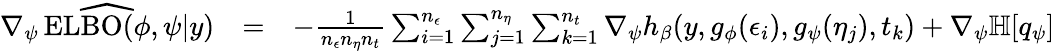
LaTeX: \begin{array}{ccl}{\widehat{\nabla_{\psi}\operatorname{ELBO}(\phi,\psi|y)}}&{=}&{-\frac{1}{n_{\epsilon}n_{\eta}n_{t}}\sum_{i=1}^{n_{\epsilon}}\sum_{j=1}^{n_{\eta}}\sum_{k=1}^{n_{t}}\nabla_{\psi}h_{\beta}(y,g_{\phi}(\epsilon_{i}),g_{\psi}(\eta_{j}),t_{k})+\nabla_{\psi}\mathbb{H}[q_{\psi}]}\end{array}